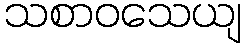
သစာဝသေယျ